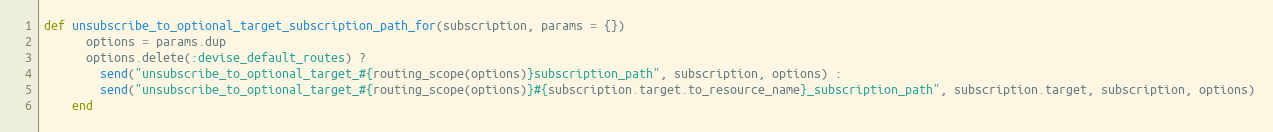
Language: Ruby
def unsubscribe_to_optional_target_subscription_path_for(subscription, params = {})
      options = params.dup
      options.delete(:devise_default_routes) ?
        send("unsubscribe_to_optional_target_#{routing_scope(options)}subscription_path", subscription, options) :
        send("unsubscribe_to_optional_target_#{routing_scope(options)}#{subscription.target.to_resource_name}_subscription_path", subscription.target, subscription, options)
    end